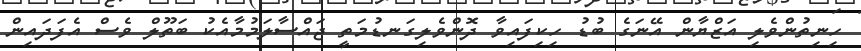
ހިނިތުންވެލި އަޒްޔާން އޭނަގެ ބުޑު ހިކިފައިވާ ދޮންވެލިގަނޑުމަތީ ޖައްސާލަމުމާއެކު ބަތޫލް ވެސް އެފަދައިން